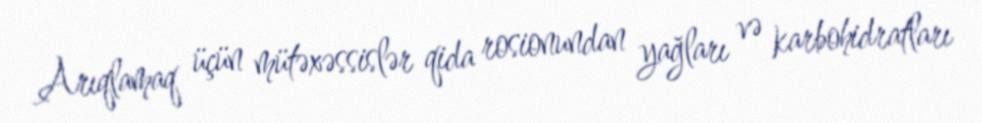
Arıqlamaq üçün mütəxəssislər qida rosionundan yağları və karbohidratları